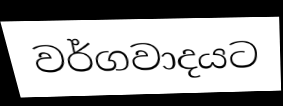
වර්ගවාදයට